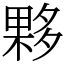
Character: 夥